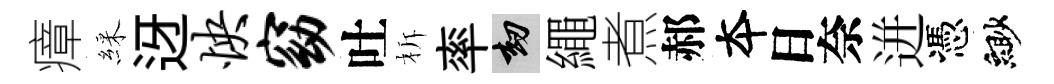
瘴綵迓怏窈吐柝率劫繩煮郝夲日奈迸憑緲